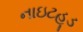
નાઇટહૂડ